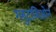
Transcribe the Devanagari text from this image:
ग्लुटाथिओन